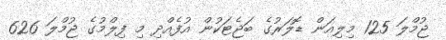
ޖުމްލަ 125 މިލިއަން ޑޮލަރުގެ ބަޖެޓަކުން އުފެއްދި މި ފިލްމުގެ ޖުމްލަ 626